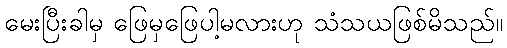
မေးပြီးခါမှ ဖြေမှဖြေပါ့မလားဟု သံသယဖြစ်မိသည်။